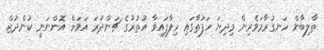
ތާލިބާން ހަނގުރާމަވެރިން މިދިޔަ ހަފުތާގައި ހިފާފައިވާ އުތުރުގެ ޗަންދުރަ އަވަށް އޮންނަނީ ކުންދުޒް